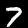
Digit: 7